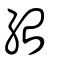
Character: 紿